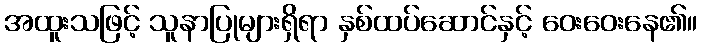
အထူးသဖြင့် သူနာပြုများရှိရာ နှစ်ထပ်ဆောင်နှင့် ဝေးဝေးနေ၏။